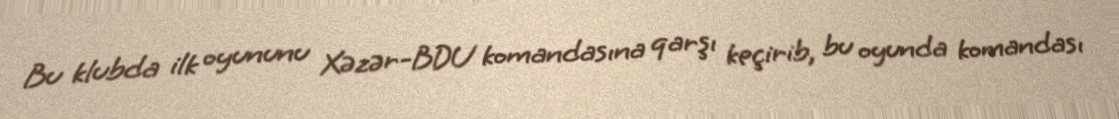
Bu klubda ilk oyununu Xəzər-BDU komandasına qarşı keçirib, bu oyunda komandası